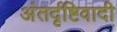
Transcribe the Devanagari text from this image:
अंतर्दृष्टिवादी